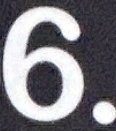
6.